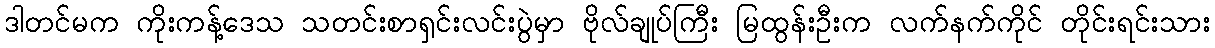
ဒါတင်မက ကိုးကန့်ဒေသ သတင်းစာရှင်းလင်းပွဲမှာ ဗိုလ်ချုပ်ကြီး မြထွန်းဦးက လက်နက်ကိုင် တိုင်းရင်းသား